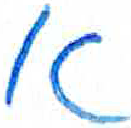
אות: א